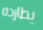
يطارده